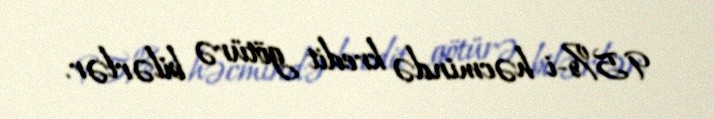
95%-i həcmində kredit götürə bilərlər.